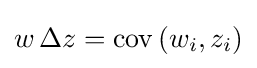
w\,\Delta z=\operatorname {cov} \left(w_{i},z_{i}\right)